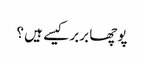
پوچھا بربر کیسے ہیں ؟